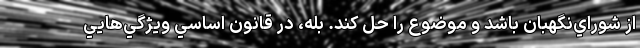
از شوراي‌نگهبان باشد و موضوع را حل کند. بله، در قانون اساسي ويژگي‌هايي